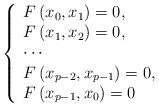
LaTeX: \begin{align*}\left\{\begin{array}[c]{l}F\left( x_{0},x_{1}\right) =0,\\F\left( x_{1},x_{2}\right) =0,\\\cdots\\F\left( x_{p-2},x_{p-1}\right) =0,\\F\left( x_{p-1},x_{0}\right) =0\end{array}\right. \end{align*}